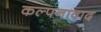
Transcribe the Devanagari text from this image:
कल्पनावाद